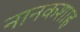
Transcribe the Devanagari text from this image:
नानकशाह